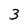
Character: 3